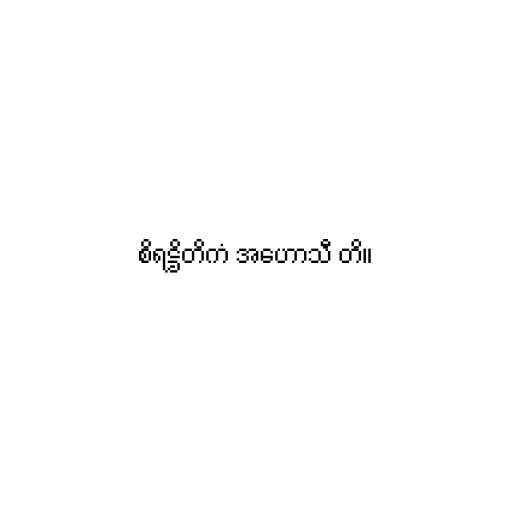
စိရဋ္ဌိတိကံ အဟောသီ တိ။